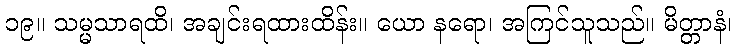
၁၉။ သမ္မသာရထိ၊ အချင်းရထားထိန်း။ ယော နရော၊ အကြင်သူသည်။ မိတ္တာနံ၊